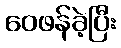
ဝေဖန်ခဲ့ပြီး